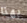
بهذا